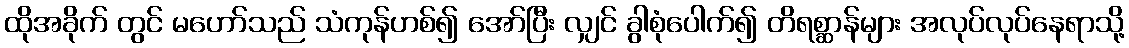
ထိုအခိုက် တွင် မဟော်သည် သံကုန်ဟစ်၍ အော်ပြီး လျှင် ခွါစုံပေါက်၍ တိရစ္ဆာန်များ အလုပ်လုပ်နေရာသို့